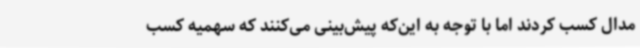
مدال کسب کردند اما با توجه به این‌که پیش‌بینی می‌کنند که سهمیه کسب